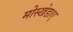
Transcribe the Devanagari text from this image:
मोस्खेडाए